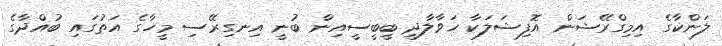
ލަންކާގެ އިމިގްރޭޝަން އޮފިޝަލަކާ ހަވާލާދީ ބީބީސީއިން ބުނީ އިނގިރޭސި މީހާގެ އަތުގައި ބުއްދާގެ